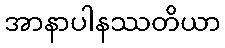
အာနာပါနဿတိယာ